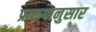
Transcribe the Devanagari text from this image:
प्रारूपानुसार